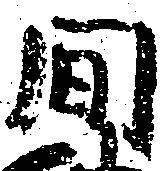
間